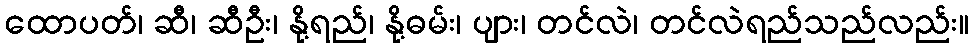
ထောပတ်၊ ဆီ၊ ဆီဦး၊ နို့ရည်၊ နို့ဓမ်း၊ ပျား၊ တင်လဲ၊ တင်လဲရည်သည်လည်း။